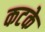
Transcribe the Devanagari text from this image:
कटके